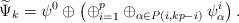
LaTeX: \begin{align*}\widetilde{\Psi}_k={\psi}^0\oplus \left(\oplus_{i=1}^{p}\oplus_{\alpha\in P(i,kp-i)} \psi^i_{\alpha}\right).\end{align*}